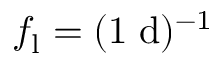
f _ { \mathrm { l } } = ( 1 \; \mathrm { d } ) ^ { - 1 }